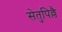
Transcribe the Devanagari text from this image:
सेतुपिल्लै